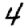
Digit: 4